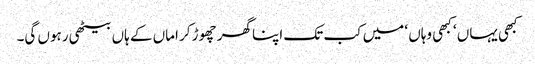
کبھی یہاں ‘ کبھی وہاں ‘ میں کب تک اپنا گھر چھوڑ کر اماں کے ہاں بیٹھی رہوں گی۔